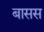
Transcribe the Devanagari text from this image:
बासस